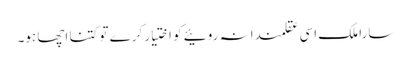
سارا ملک اسی عقلمندانہ روئیے کو اختیار کرے تو کتنا اچھا ہو۔